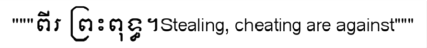
"""ពីរ ព្រះពុទ្ធ។Stealing, cheating are against"""